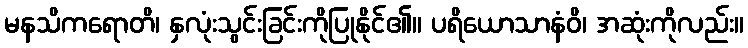
မနသိကရောတိ၊ နှလုံးသွင်းခြင်းကိုပြုနိုင်၏။ ပရိယောသာနံဝိ၊ အဆုံးကိုလည်း။